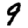
Digit: 9